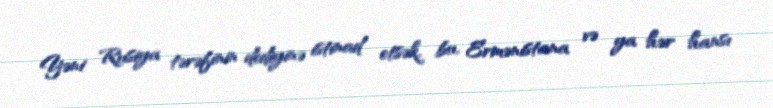
Yəni Rusiya tərəfinin dediyinə istinad etsək, bu, Ermənistana və ya hər hansı